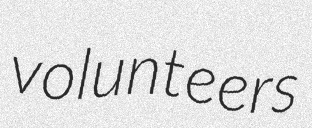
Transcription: volunteers